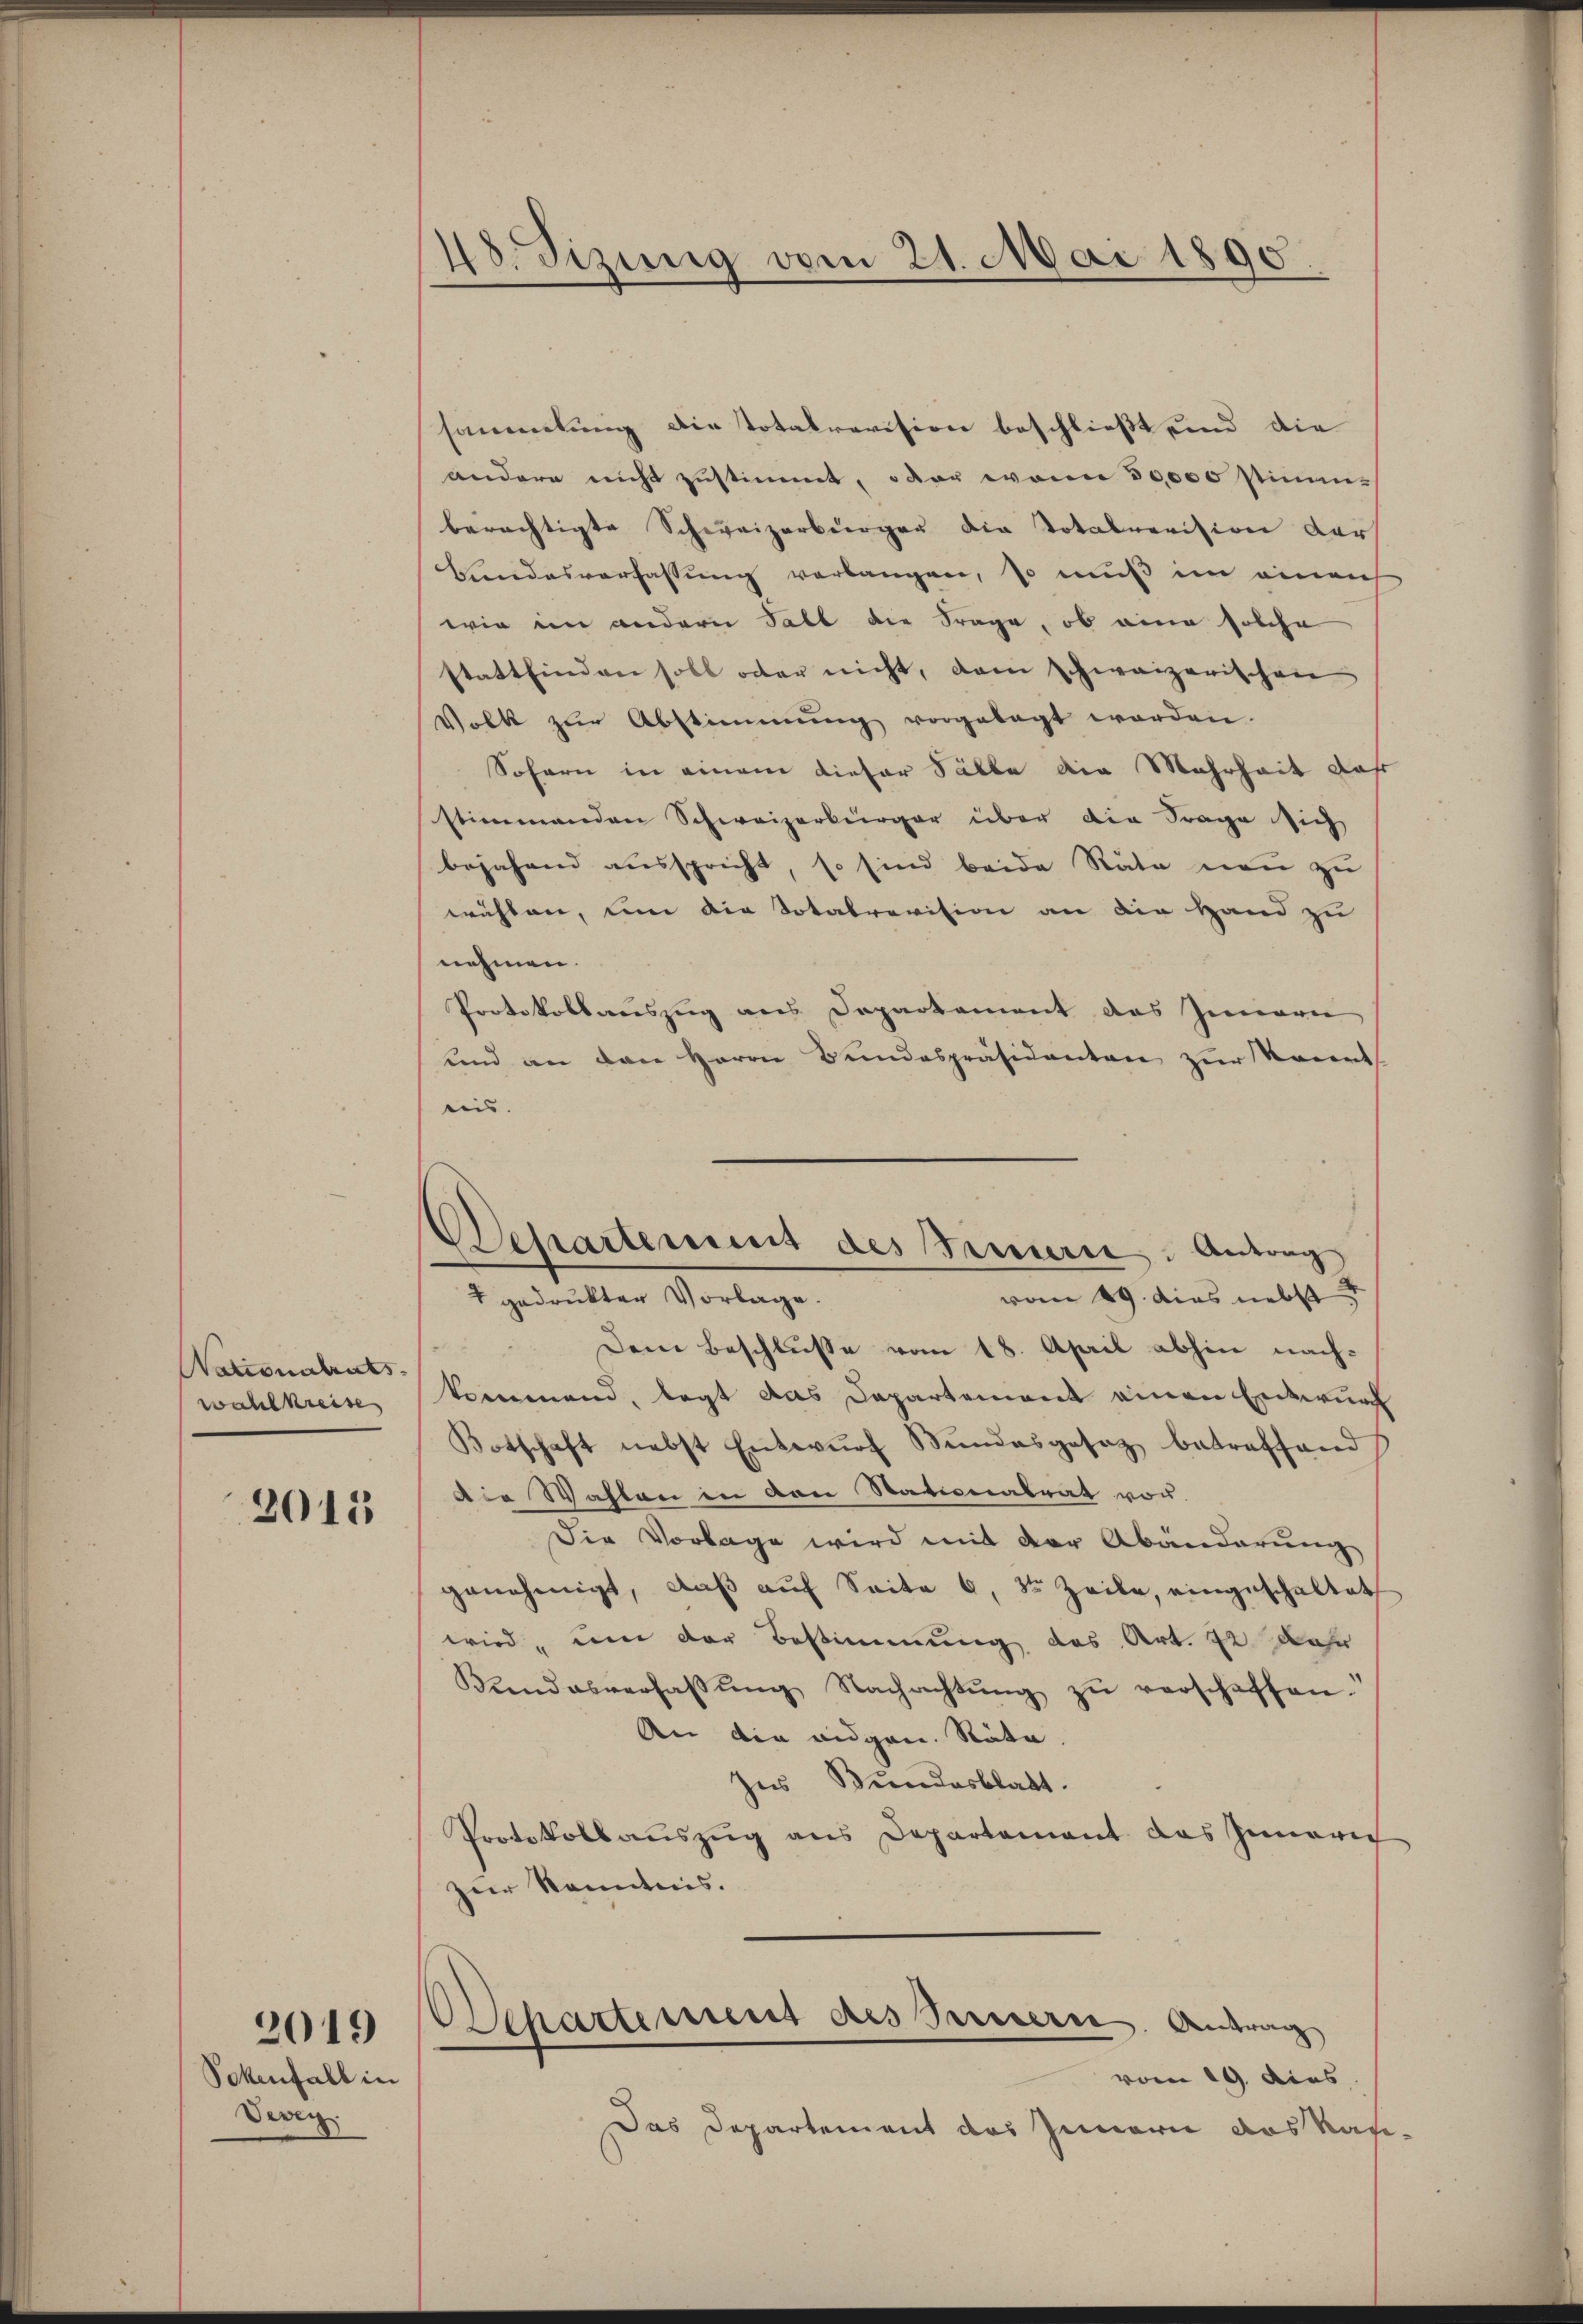
Nationalrats-
wahlkreise

2015

2019

Sckenfall in
Deven

48. Sizung vom 21. Mai 1890

Departement des Feuern: Antrag

sammlung die Totalrevision beschließt sind die
andere nicht zustimmt, oder wann 50000 stimm-
berächtigte Schweizerbürger die Totalrevision darf
Landesverfassung verlangen, so muß im einen
wie im andern Fall die Frage, ob eine solche
stattfinden soll oder nicht, dem schweizerischen
Volk zŭr Abstimmung vorgelegt worden.
Sofern in einem dieser Fälle die Mehrheit das
stimmenden Schweizerbürger über die Frage sich
bejahend ausspricht, so sind beide Räte neu zu
wählen, um die Dotalrevision an die Hand zu
nehmen.
Protokollauszug aus Departement des Innern
und an den Herrn Bundespräsidenten zur Kennt
nis.
1 gedrukter Vorlage.
vom 19. dies nebst
Dem Beschluße vom 18. April abhin nachkommend, legt das Departement einen Entwurf
Botschaft nebst Entwŭrf Stundesgesetz betreffend
die Wahlen in den Stationalrat von
Die Vorlage wird mit der Abänderung
genehmigt, daß auf Seite 6, 3te Zeile, eingeschaltet
wird, um der Bestimmung des Art. 22 Mar
Bundesverfassŭng Nachachtŭng zŭ verschaffen.
An die eidgen. Räte.
Ins Bundesblatt.
Protokollaŭszŭg ans Departement das Inneri
zur Kenntnis.
Departement des Bernern. Antrag
vom 19. dies
Das Departement des Innern das Kasi-